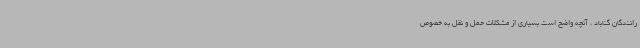
رانندگان گناباد ، آنچه واضح است بسیاری از مشکلات حمل و نقل به خصوص